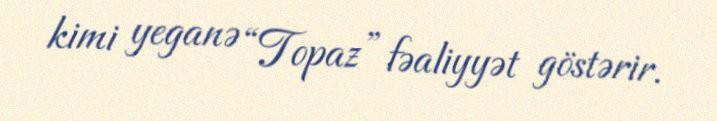
kimi yeganə “Topaz” fəaliyyət göstərir.